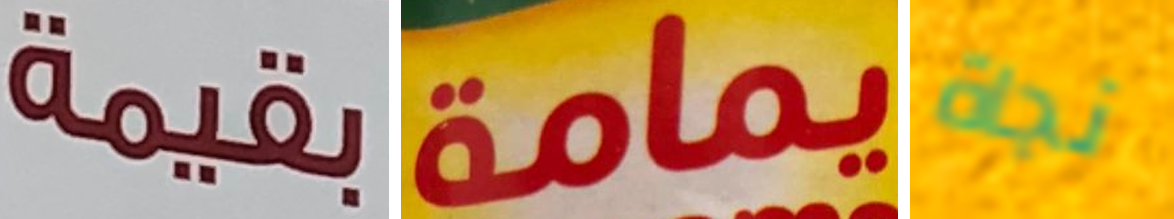
بقيمة يمامة نجاة